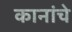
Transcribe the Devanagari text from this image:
कानांचे